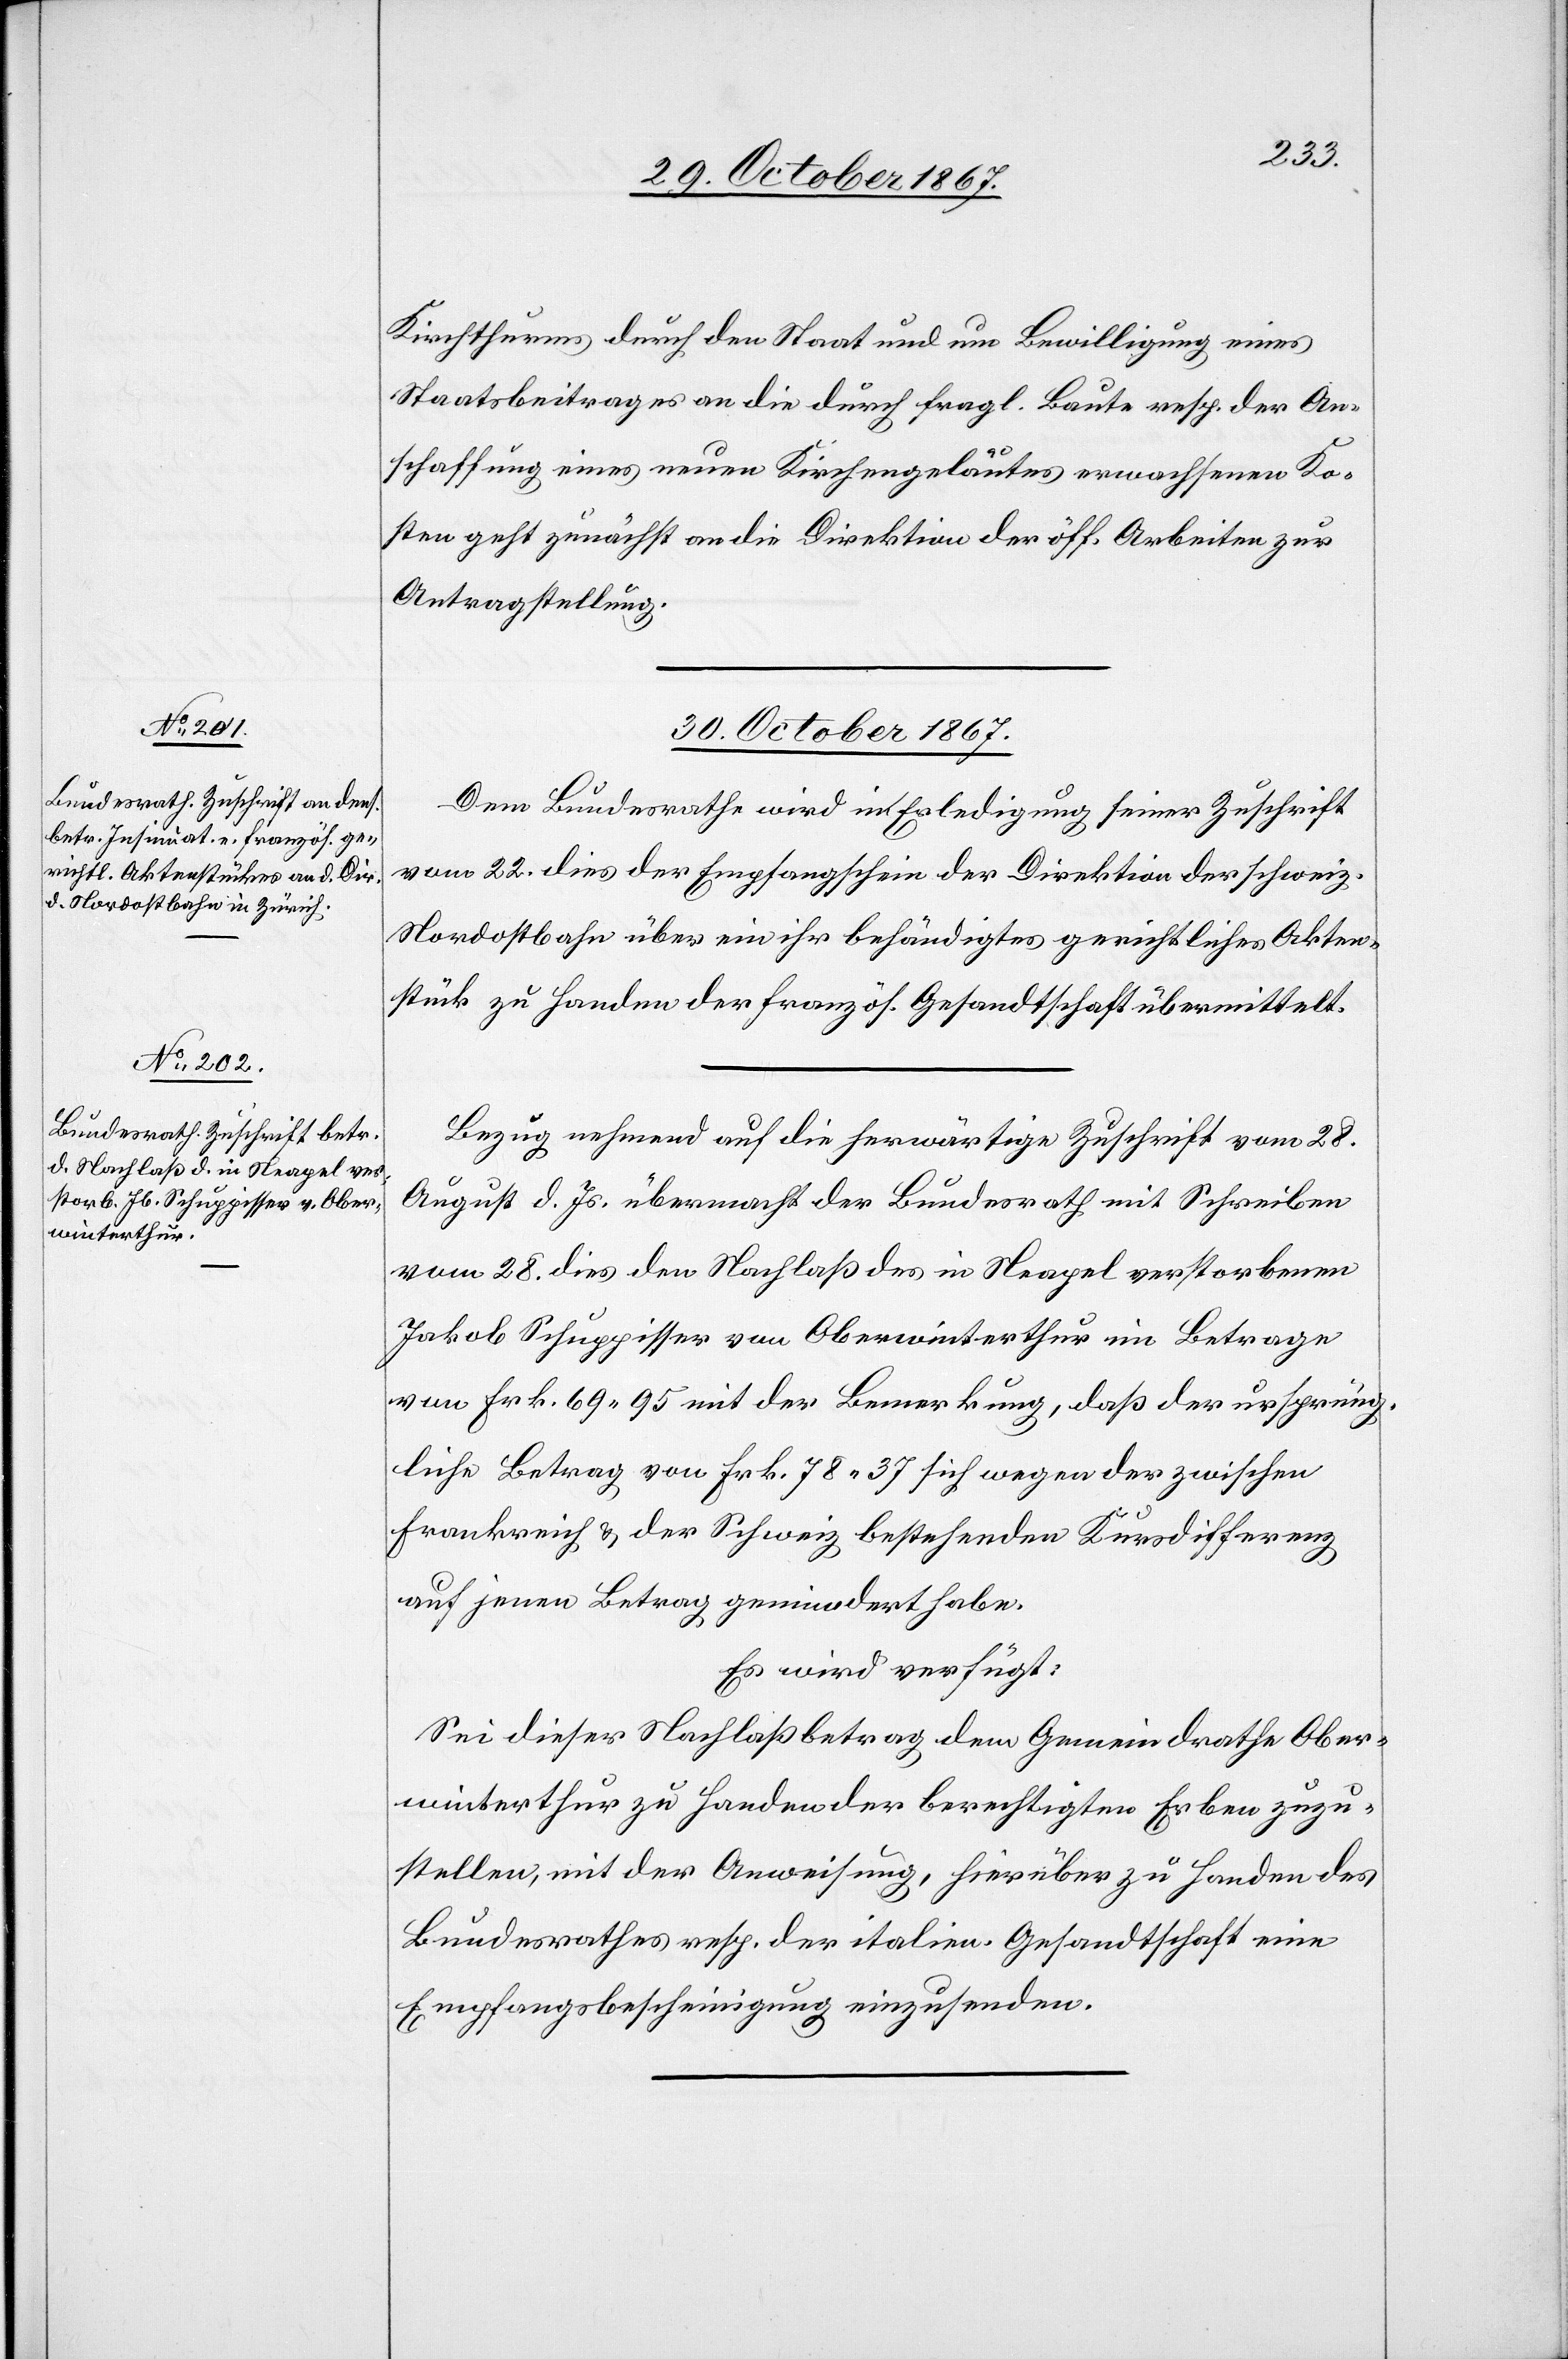
Kirchthurms durch den Staat und um Bewilligung eines
Staatsbeitrages an die durch fragl. Baute resp. der An¬
schaffung eines neuen Kirchengeläutes erwachsenen Ko¬
sten geht zunächst an die Direktion der öff. Arbeiten zur
Antragstellung.
30. October 1867.]
Dem Bundesrathe wird in Entsprechung seiner Zuschrift
vom 22. dies der Empfangschein der Direktion der schweiz.
Nordostbahn über ein ihr behändigtes gerichtliches Akten¬
stück zu Handen der französ. Gesandtschaft übermittelt.
Bezug nehmend auf die herwärtige Zuschrift vom 28.
August d. Js. übermacht der Bundesrath mit Schreiben
vom 28. dies den Nachlaß des in Neapel verstorbenen
Jakob Schuppisser von Oberwinterthur im Betrage
von Frk. 69 95 mit der Bemerkung, daß der ursprüng¬
liche Betrag von Frk. 78 37 sich wegen der zwischen
Frankreich u. der Schweiz bestehenden Kursdifferenz
auf jenen Betrag gemindert habe.
Es wird verfügt:
Sei dieser Nachlaßbetrag dem Gemeindrathe Ober¬
winterthur zu Handen der berechtigten Erben zuzu¬
stellen, mit der Anweisung, hierüber zu Handen des
Bundesrathes resp. der italien. Gesandtschaft eine
Empfangsbescheinigung einzusenden.